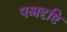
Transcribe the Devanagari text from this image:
पश्चदृष्टि